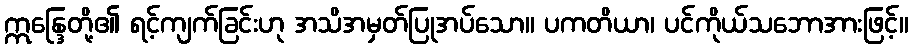
ဣန္ဒြေတို့၏ ရင့်ကျက်ခြင်းဟု အသိအမှတ်ပြုအပ်သော။ ပကတိယာ၊ ပင်ကိုယ်သဘောအားဖြင့်။